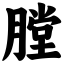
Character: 膛